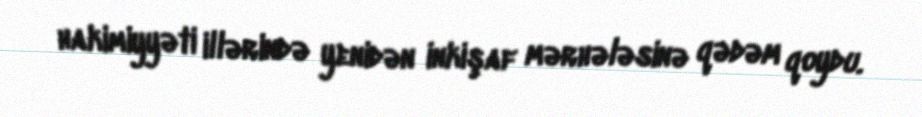
hakimiyyəti illərində yenidən inkişaf mərhələsinə qədəm qoydu.